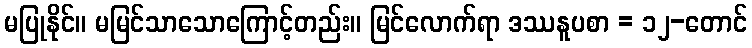
မပြုနိုင်။ မမြင်သာသောကြောင့်တည်း။ မြင်လောက်ရာ ဒဿနူပစာ = ၁၂-တောင်